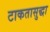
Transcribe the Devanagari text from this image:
टाकतासुद्धा